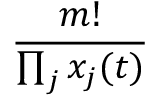
\frac { m ! } { \prod _ { j } x _ { j } ( t ) }